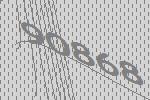
90868